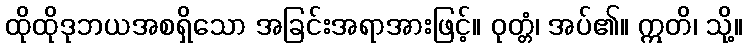
ထိုထိုဒုဘယအစရှိသော အခြင်းအရာအားဖြင့်။ ဝုတ္တံ၊ အပ်၏။ ဣတိ၊ သို့။